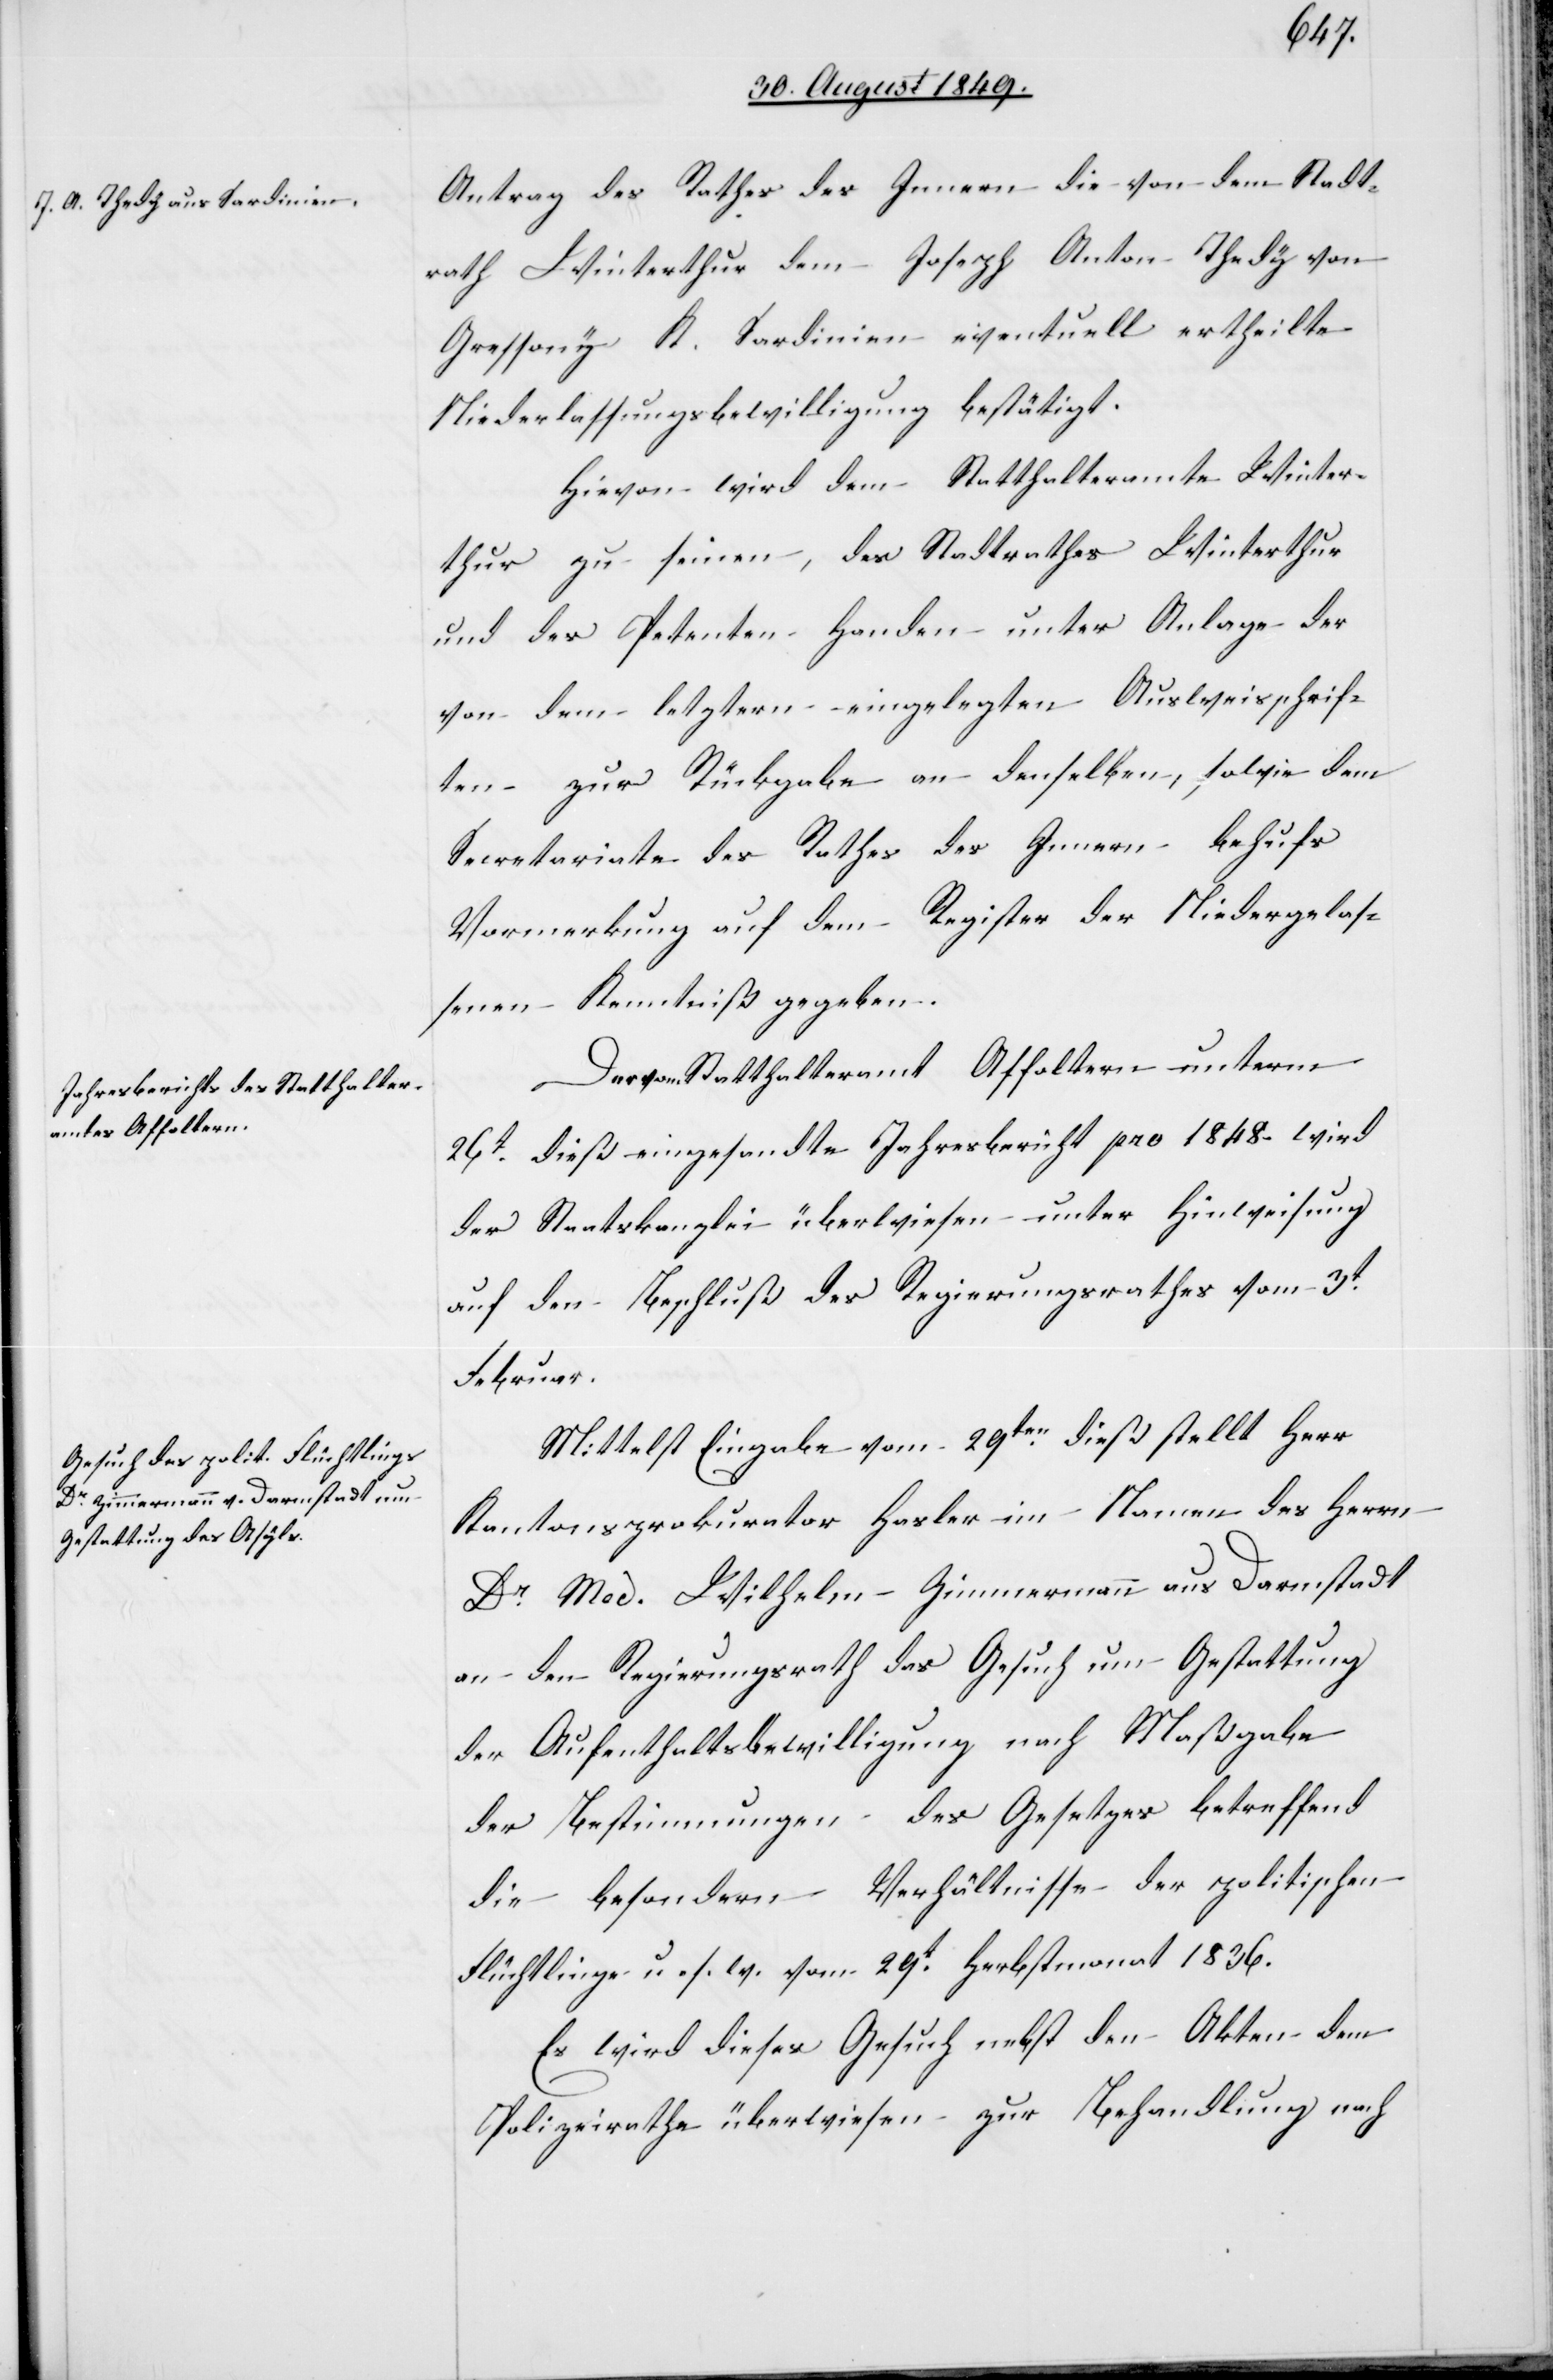
Antrag des Rathes des Innern die von dem Stadt¬
rath Winterthur dem Joseph Anton Thedy von
Gressony K. Sardinien eventuell ertheilte
Niederlassungsbewilligung bestätigt.
Hievon wird dem Statthalteramte Winter¬
thur zu seinen, des Stadtrathes Winterthur
und des Petenten Handen unter Anlage der
von dem letztern eingelegten Ausweisschrif¬
ten zur Rückgabe an denselben, sowie dem
Secretariate des Rathes des Innern – behufs
Vormerkung auf dem Register der Niedergelas¬
senen Kenntniß gegeben.
Der vom Statthalteramt Affoltern unterm
26t dieß eingesandte Jahresbericht pro 1848. wird
der Staatskanzlei überwiesen unter Hinweisung
auf den Beschluß des Regierungsrathes vom 3t
Februar.
Mittelst Eingabe vom 29ten dieß stellt Herr
Kantonsprokurator Hasler im Namen des Herrn
Dr Med. Wilhelm Zimmermann aus Darmstadt
an den Regierungsrath das Gesuch um Gestattung
der Aufenthaltsbewilligung nach Maßgabe
der Bestimmungen des Gesetzes betreffend
die besondern Verhältnisse der politischen
Flüchtlinge u. s. w. vom 29t Herbstmonat 1836.
Es wird dieses Gesuch nebst den Akten dem
Polizeirathe überwiesen zur Behandlung nach